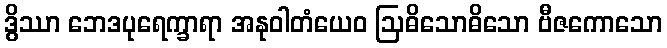
ဒွိဿာ ဘေဒပုရေက္ခာရာ အနုဝါတံယေဝ ဩဓိသောဓိသော ဗီဇကောသော